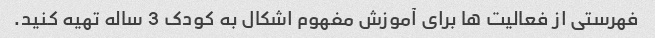
فهرستی از فعالیت ها برای آموزش مفهوم اشکال به کودک 3 ساله تهیه کنید.